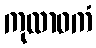
ကုလာဝကံ